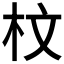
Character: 𣐀